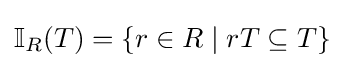
\mathbb {I} _{R}(T)=\{r\in R\mid rT\subseteq T\}